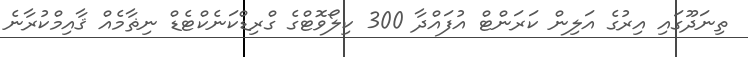
ތިނަދޫގައި އިރުގެ އަލިން ކަރަންޓް އުފައްދާ 300 ކިލޯވޮޓްގެ ގްރިޑްކަނެކްޓެޑް ނިޡާމެއް ޤާއިމްކުރާނެ